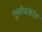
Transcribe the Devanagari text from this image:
सुबोधकांत